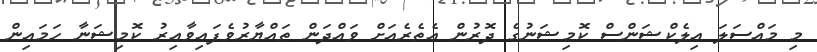
މި މައްސަލަ އިލެކްޝަންސް ކޮމިޝަނުގެ ދޮރުން އެތެރެއަށް ވައްދަން ތައްޔާރުވެފައިވާއިރު ކޮމިޝަނާ ހަމައިން